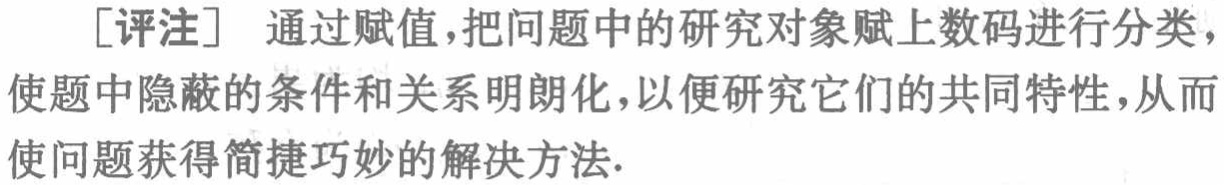
[评注] 通过赋值，把问题中的研究对象赋上数码进行分类，使题中隐蔽的条件和关系明朗化，以便研究它们的共同特性，从而使问题获得简捷巧妙的解决方法.